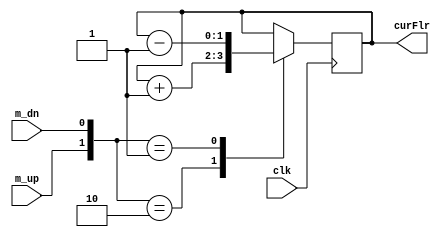


module Elevator_ChangeFlr(
	input				clk,
						m_up,
						m_dn,
	output	reg	[1:0]	curFlr
);
always@ (negedge clk)
begin
	case({m_up,m_dn})
	2'b10:curFlr = curFlr + 1;
	2'b01:curFlr = curFlr - 1;
	default:curFlr = curFlr;
	endcase
end

endmodule